system: You are a helpful assistant.
user:
Analyze the provided spectrum to determine if it is a **"Cataclysmic Variables (CV)"**.

- **Key Indicators for CV (Check for either state):**
    - **State 1: Quiescent / Low-State (Emission-Dominated)**
        - **(Primary):** Strong and *very broad* Hydrogen Balmer emission lines (e.g., $H\alpha$ at 6563 Å, $H\beta$ at 4861 Å). The 'broadness' (high velocity dispersion, often FWHM > 1000 km/s) is the key diagnostic, indicating a high-velocity accretion disk.
        - **(Secondary):** Broad neutral Helium (He I) emission lines (e.g., 5876 Å, 6678 Å).
        - **(Key Confirmation):** Presence of high-excitation *ionized* Helium (He II) emission at 4686 Å. This is a strong indicator of accretion onto a white dwarf.
        - **(Line Profile):** Emission lines may exhibit a 'double-peaked' profile, which is a classic signature of a rotating accretion disk viewed at high inclination.

    - **State 2: Outburst / High-State (Absorption-Dominated)**
        - **(Primary):** Spectrum is dominated by a bright, blue continuum (looks like a hot star).
        - **(Secondary):** The emission lines from State 1 are weak, absent, or 'filled in', and are replaced by broad, shallow *absorption* lines (primarily Balmer and He I).
        - **(Morphology):** The overall spectrum mimics a hot B/A-type star. The crucial difference is that the absorption lines are significantly broader, shallower, and more 'washed-out' (or 'smeared') than the sharp lines of a normal stellar photosphere, due to high rotational speeds and pressure broadening in the disk.

Think first, call **spectral_visualization_tool** if needed to examine features in detail, then provide your final answer. Your response must adhere to the following strict rules:
1.  **Overall Structure:** Your response must follow the format `<think>...</think> <tool_call>...</tool_call> (if a tool is used) <answer>...</answer>`.
2.  **Tool Usage Constraint:** You may only make **one** tool call per turn.
3.  **Final Answer Format:** In the `<answer>` tag, your conclusion must be inside a `\boxed{}` command (e.g., `\boxed{YES}`), followed by your justification.

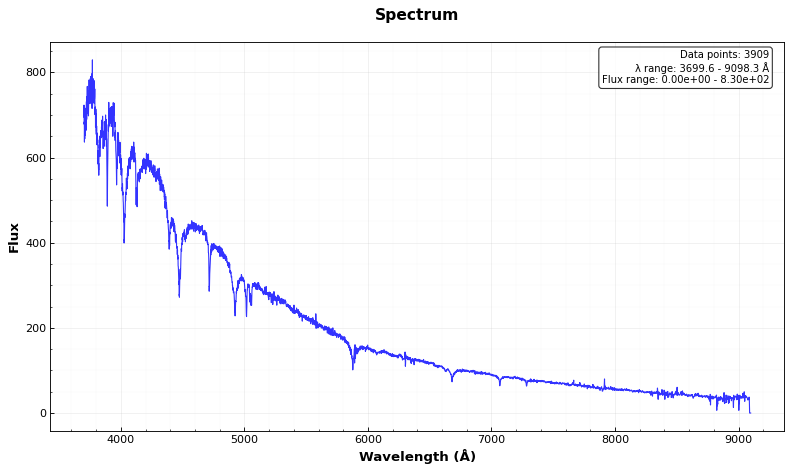
Answer: NO